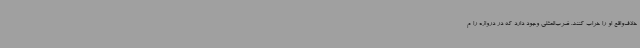
خلاف‌واقع او را خراب کنند. ضرب‌المثلی وجود دارد که در دروازه را م